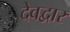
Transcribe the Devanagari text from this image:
देवद्वार